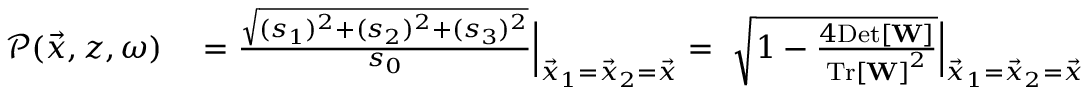
\begin{array} { r l } { \mathcal { P } ( \vec { x } , z , \omega ) } & { { } = \frac { \sqrt { ( s _ { 1 } ) ^ { 2 } + ( s _ { 2 } ) ^ { 2 } + ( s _ { 3 } ) ^ { 2 } } } { s _ { 0 } } \Big | _ { \vec { x } _ { 1 } = \vec { x } _ { 2 } = \vec { x } } = ~ \sqrt { 1 - \frac { 4 \mathrm { D e t } \left[ { \bf W } \right] } { \mathrm { T r } \left[ { \bf W } \right] ^ { 2 } } } \Big | _ { \vec { x } _ { 1 } = \vec { x } _ { 2 } = \vec { x } } . } \end{array}